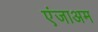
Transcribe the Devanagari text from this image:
एंजाअम